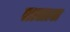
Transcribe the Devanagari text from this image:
तालाल